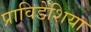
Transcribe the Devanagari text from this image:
प्राविडेंशिया